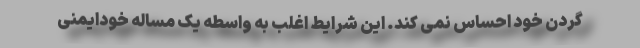
گردن خود احساس نمی کند. این شرایط اغلب به واسطه یک مساله خودایمنی